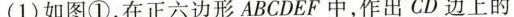
(1)如图①，在正六边形ABCDEF中，作出CD边上的